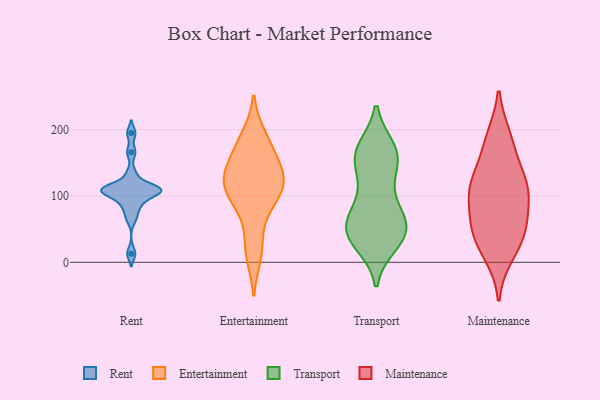
{"axis": {"x": "Inventory Turnover", "y": "Value"}, "legend": ["Entertainment", "Maintenance", "Rent", "Transport"], "data": [{"x": "", "y": 114, "type": "Rent"}, {"x": "", "y": 81, "type": "Rent"}, {"x": "", "y": 13, "type": "Rent"}, {"x": "", "y": 166, "type": "Rent"}, {"x": "", "y": 195, "type": "Rent"}, {"x": "", "y": 99, "type": "Rent"}, {"x": "", "y": 108, "type": "Rent"}, {"x": "", "y": 91, "type": "Rent"}, {"x": "", "y": 106, "type": "Rent"}, {"x": "", "y": 113, "type": "Rent"}, {"x": "", "y": 113, "type": "Rent"}, {"x": "", "y": 66, "type": "Rent"}, {"x": "", "y": 110, "type": "Rent"}, {"x": "", "y": 105, "type": "Rent"}, {"x": "", "y": 134, "type": "Rent"}, {"x": "", "y": 191, "type": "Entertainment"}, {"x": "", "y": 128, "type": "Entertainment"}, {"x": "", "y": 10, "type": "Entertainment"}, {"x": "", "y": 26, "type": "Entertainment"}, {"x": "", "y": 125, "type": "Entertainment"}, {"x": "", "y": 131, "type": "Entertainment"}, {"x": "", "y": 91, "type": "Entertainment"}, {"x": "", "y": 76, "type": "Entertainment"}, {"x": "", "y": 156, "type": "Entertainment"}, {"x": "", "y": 109, "type": "Entertainment"}, {"x": "", "y": 183, "type": "Entertainment"}, {"x": "", "y": 161, "type": "Entertainment"}, {"x": "", "y": 108, "type": "Entertainment"}, {"x": "", "y": 122, "type": "Entertainment"}, {"x": "", "y": 49, "type": "Transport"}, {"x": "", "y": 49, "type": "Transport"}, {"x": "", "y": 28, "type": "Transport"}, {"x": "", "y": 158, "type": "Transport"}, {"x": "", "y": 168, "type": "Transport"}, {"x": "", "y": 44, "type": "Transport"}, {"x": "", "y": 111, "type": "Transport"}, {"x": "", "y": 171, "type": "Transport"}, {"x": "", "y": 50, "type": "Transport"}, {"x": "", "y": 78, "type": "Transport"}, {"x": "", "y": 31, "type": "Transport"}, {"x": "", "y": 151, "type": "Transport"}, {"x": "", "y": 53, "type": "Transport"}, {"x": "", "y": 167, "type": "Transport"}, {"x": "", "y": 38, "type": "Transport"}, {"x": "", "y": 166, "type": "Transport"}, {"x": "", "y": 133, "type": "Transport"}, {"x": "", "y": 84, "type": "Transport"}, {"x": "", "y": 69, "type": "Transport"}, {"x": "", "y": 42, "type": "Maintenance"}, {"x": "", "y": 117, "type": "Maintenance"}, {"x": "", "y": 55, "type": "Maintenance"}, {"x": "", "y": 39, "type": "Maintenance"}, {"x": "", "y": 187, "type": "Maintenance"}, {"x": "", "y": 76, "type": "Maintenance"}, {"x": "", "y": 118, "type": "Maintenance"}, {"x": "", "y": 108, "type": "Maintenance"}, {"x": "", "y": 116, "type": "Maintenance"}, {"x": "", "y": 176, "type": "Maintenance"}, {"x": "", "y": 13, "type": "Maintenance"}]}